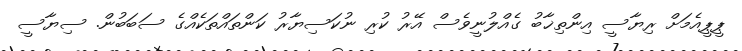
ޕީޕީއެމަށް ރިޔާސީ އިންތިޚާބު ގެއްލުނީވެސް އޭރު ކުރި ނުކަސިޔާރު ކަންތައްތަކެއްގެ ސަބަބުން. ސިޔާސީ